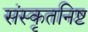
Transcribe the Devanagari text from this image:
संस्कृतनिष्ट